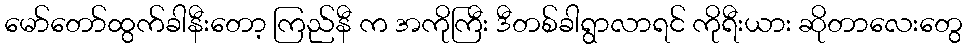
မော်တော်ထွက်ခါနီးတော့ ကြည်နီ က အကိုကြီး ဒီတစ်ခါရွာလာရင် ကိုရီးယား ဆိုတာလေးတွေ